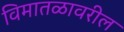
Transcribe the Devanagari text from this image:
विमातळावरील